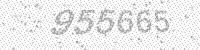
Solution: 955665